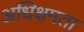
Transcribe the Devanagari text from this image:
अधिक्षमता